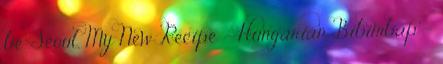
be. Seoul, My New Recipe - Hungarian Bibimbap -